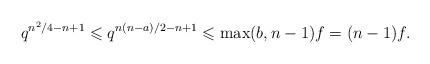
LaTeX: \begin{align*}q^{n^2/4-n+1}\leqslant q^{n(n-a)/2-n+1}\leqslant\max(b,n-1)f=(n-1)f.\end{align*}